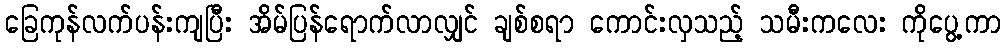
ခြေကုန်လက်ပန်းကျပြီး အိမ်ပြန်ရောက်လာလျှင် ချစ်စရာ ကောင်းလှသည့် သမီးကလေး ကိုပွေ့ကာ